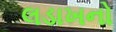
લડાખનો